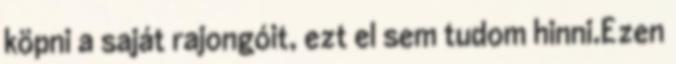
köpni a saját rajongóit, ezt el sem tudom hinni.Ezen